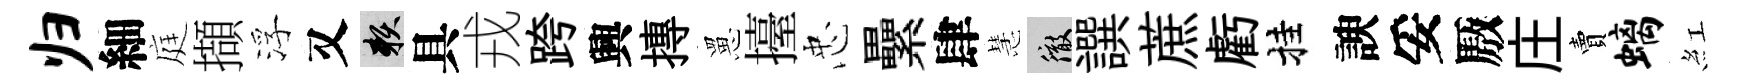
归細庭擷浮又賴具戎跨興摶罳擡忠纍肆慧徹譔蔗虧挂諛妥厫庄賣螭紅